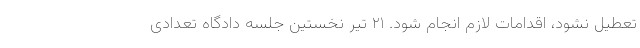
تعطیل نشود، اقدامات لازم انجام شود. ۲۱ تیر نخستین جلسه دادگاه تعدادی